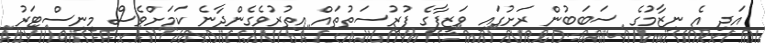
އަދި އެ ނިޒާމުގެ ސަބަބުން ރަށުގައި ވަޒީފާގެ ފުރުސަތުތައް އިތުރުވެގެންދާނެ ކަމަށްވެސް މިނިސްޓަރު